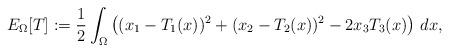
LaTeX: \begin{align*}E_{\Omega}[T]:=\frac{1}{2}\int_{\Omega}\left((x_{1}-T_{1}(x))^{2}+(x_{2}-T_{2}(x))^{2}-2x_{3}T_{3}(x)\right)\,dx,\end{align*}